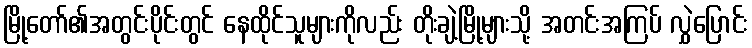
မြို့တော်၏အတွင်းပိုင်းတွင် နေထိုင်သူများကိုလည်း တိုးချဲ့မြို့များသို့ အတင်းအကြပ် လွှဲပြောင်း